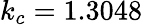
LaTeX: k_{c}=1.3048